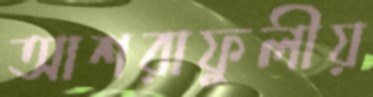
আশরাফুলীয়